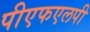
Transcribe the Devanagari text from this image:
पीएफएलपी